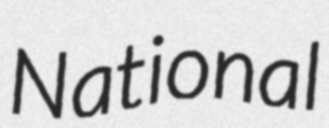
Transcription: National